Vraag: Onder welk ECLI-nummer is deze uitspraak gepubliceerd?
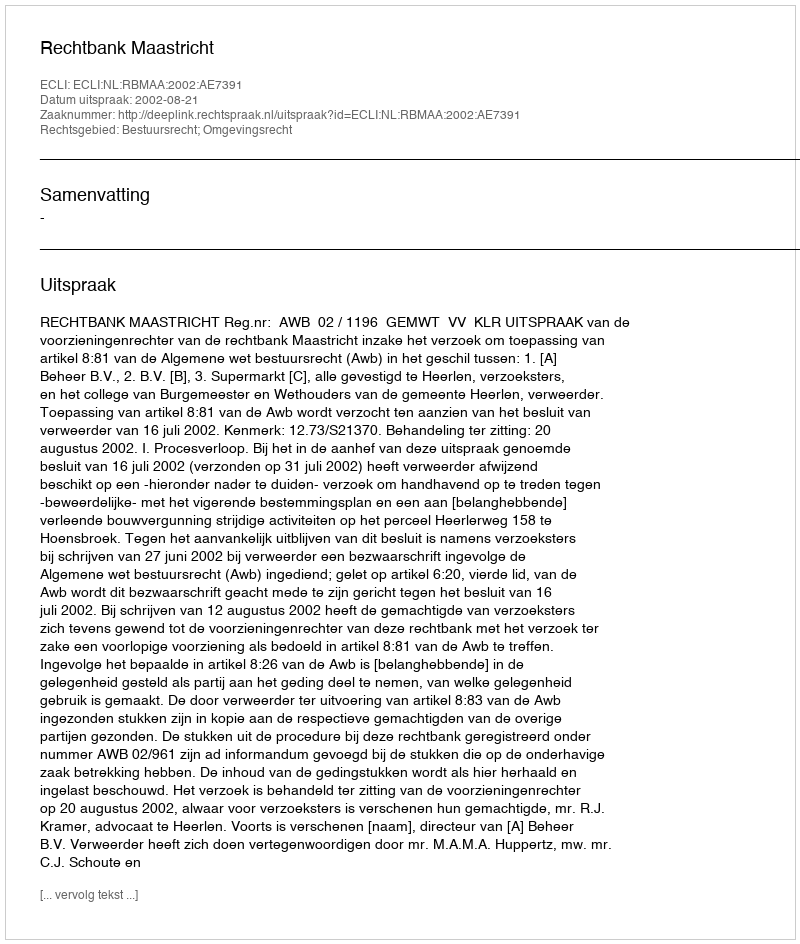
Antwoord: ECLI:NL:RBMAA:2002:AE7391